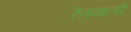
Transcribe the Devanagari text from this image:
रेतवाली